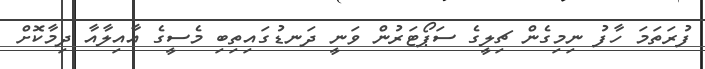
ފުރަތަމަ ހާފު ނިމިގެން ޗިލީގެ ސަޕޯޓަރުން ވަނީ ދަނޑުގައިތިބި މެސީގެ އާއިލާއާ ދިމާކޮށް